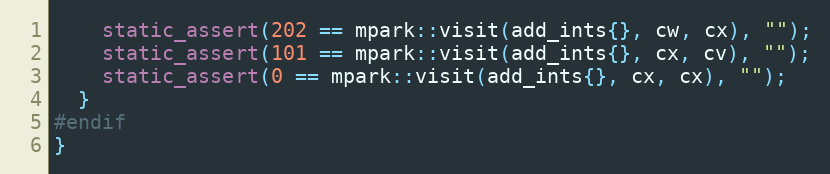
Language: C++
    static_assert(202 == mpark::visit(add_ints{}, cw, cx), "");
    static_assert(101 == mpark::visit(add_ints{}, cx, cv), "");
    static_assert(0 == mpark::visit(add_ints{}, cx, cx), "");
  }
#endif
}